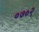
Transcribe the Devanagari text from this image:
०७०२